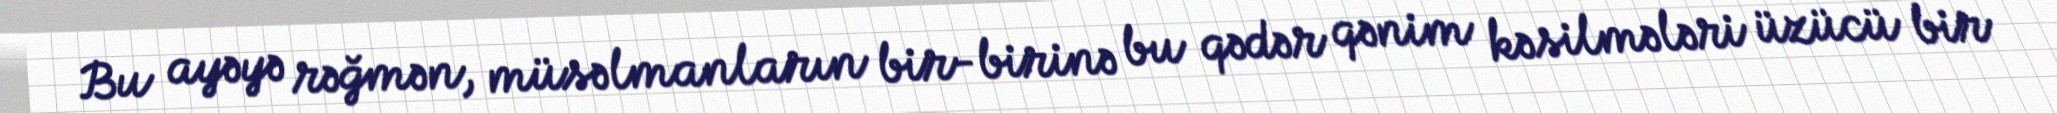
Bu ayəyə rəğmən, müsəlmanların bir-birinə bu qədər qənim kəsilmələri üzücü bir